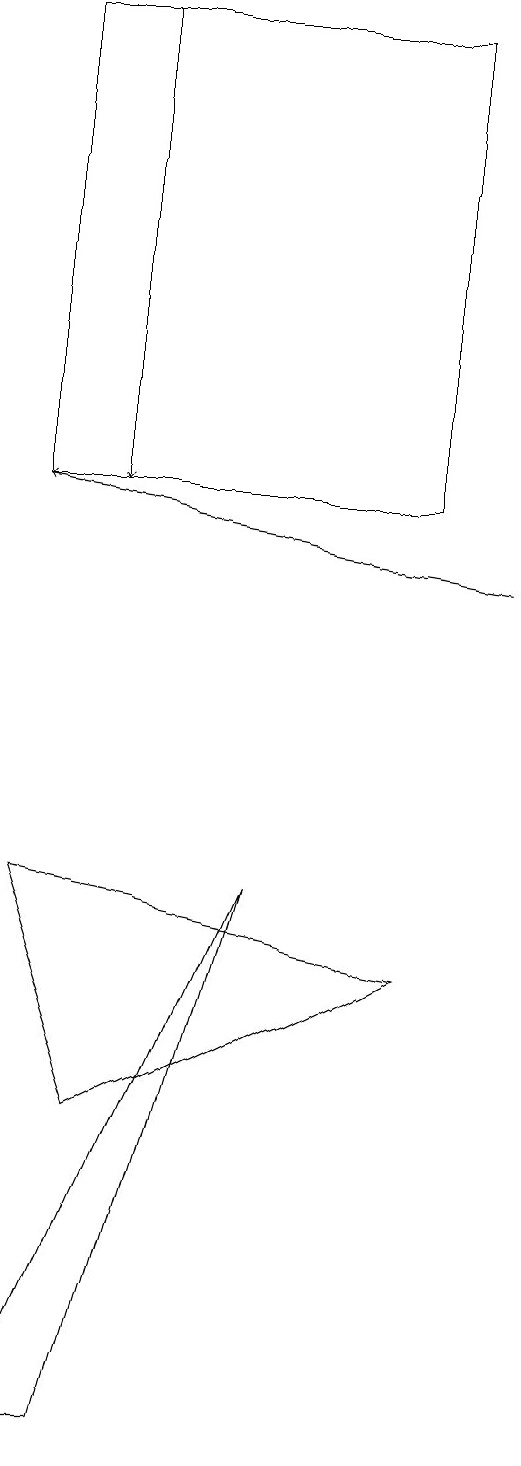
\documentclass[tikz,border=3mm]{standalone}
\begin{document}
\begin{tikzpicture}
\draw (2,19) rectangle (7,13);
\draw (2,1) -- (5,8) -- (3,1) -- cycle;
\draw[->] (8,12) -- (2,13);
\draw (2,8) -- (7,7) -- (3,5) -- cycle;
\draw[->] (3,19) -- (3,13);
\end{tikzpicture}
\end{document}